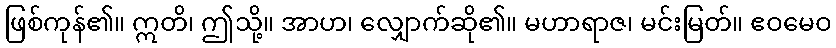
ဖြစ်ကုန်၏။ ဣတိ၊ ဤသို့။ အာဟ၊ လျှောက်ဆို၏။ မဟာရာဇ၊ မင်းမြတ်။ ဧဝမေဝ